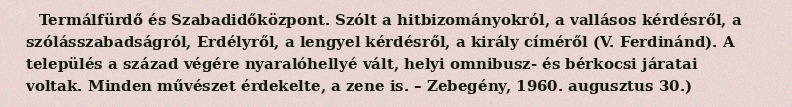
Termálfürdő és Szabadidőközpont. Szólt a hitbizományokról, a vallásos kérdésről, a szólásszabadságról, Erdélyről, a lengyel kérdésről, a király címéről (V. Ferdinánd). A település a század végére nyaralóhellyé vált, helyi omnibusz- és bérkocsi járatai voltak. Minden művészet érdekelte, a zene is. – Zebegény, 1960. augusztus 30.)